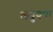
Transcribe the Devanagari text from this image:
लघुवपा